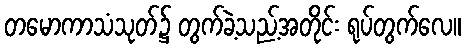
တမောကာသံသုတ်၌ တွက်ခဲ့သည့်အတိုင်း ရုပ်တွက်လေ။